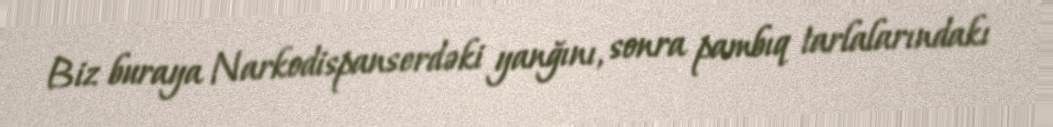
Biz buraya Narkodispanserdəki yanğını, sonra pambıq tarlalarındakı